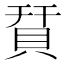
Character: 𧵭